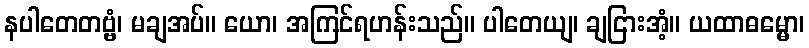
နပါတေတဗ္ဗံ၊ မချအပ်။ ယော၊ အကြင်ရဟန်းသည်။ ပါတေယျ၊ ချငြားအံ့။ ယထာဓမ္မော၊